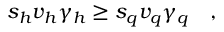
s _ { h } v _ { h } \gamma _ { h } \geq s _ { q } v _ { q } \gamma _ { q } \quad ,